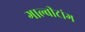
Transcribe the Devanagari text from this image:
गाल्बीटांग